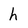
Character: h